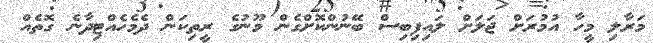
މަރާލި މީހާ އުމުރަށް ޖަލަށް ލައިފިބިސް ބޭނުންކޮށްގެން މޫނުގެ ރީތިކަން ދެމެހެއްޓިދާނެ ގޮތެއް